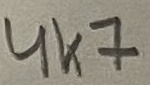
Text: 4K7